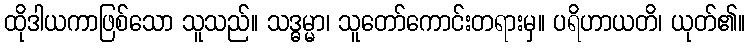
ထိုဒါယကာဖြစ်သော သူသည်။ သဒ္ဓမ္မာ၊ သူတော်ကောင်းတရားမှ။ ပရိဟာယတိ၊ ယုတ်၏။